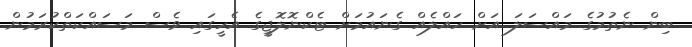
ބިން ނެތުމުގެ މައްސަލަ އަށް ހައްލެއް ގެނައުމަށް ޓެކްނޮލޮޖީގެ އެހީގައި ވެސް މަސައްކަތްކުރަމުން